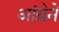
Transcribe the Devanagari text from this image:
आंग्रेने